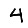
Digit: 4